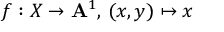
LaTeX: f : X \to \mathbf { A } ^ { 1 } , \, ( x , y ) \mapsto x